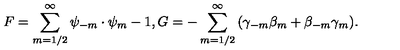
{ F } = { \sum _ { m = 1 / 2 } ^ { \infty } \psi _ { - m } \cdot \psi _ { m } } - 1 , { G } = { - \sum _ { m = 1 / 2 } ^ { \infty } \left( \gamma _ { - m } \beta _ { m } + \beta _ { - m } \gamma _ { m } \right) } .